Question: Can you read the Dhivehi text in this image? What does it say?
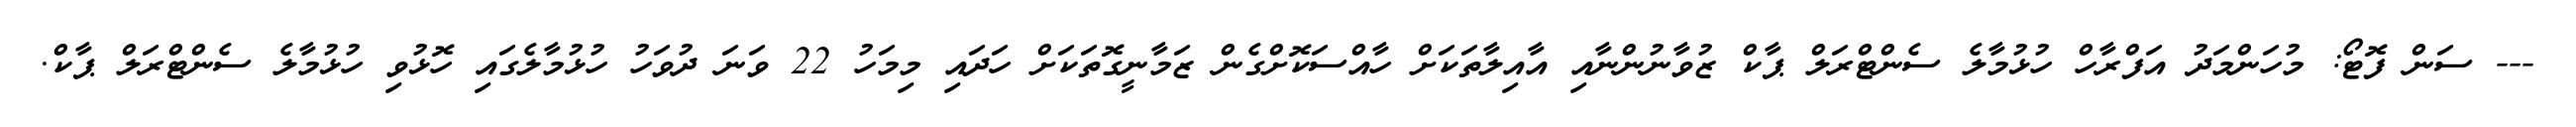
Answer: --- ސަން ފޮޓޯ: މުހަންމަދު އަފްރާހް ހުޅުމާލެ ސެންޓްރަލް ޕާކް ޒުވާނުންނާއި އާއިލާތަކަށް ހާއްސަކޮށްގެން ޒަމާނީގޮތަކަށް ހަދައި މިމަހު 22 ވަނަ ދުވަހު ހުޅުމާލެގައި ހޮޅުވި ހުޅުމާލެ ސެންޓްރަލް ޕާކް.